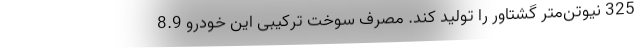
325 نیوتن‌متر گشتاور را تولید کند. مصرف سوخت ترکیبی این خودرو 8.9